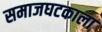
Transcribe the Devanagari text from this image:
समाजघटकाला